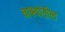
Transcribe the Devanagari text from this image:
वाक्यांतील